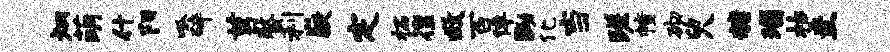
炳萌什阳呱碎莒螯利嶷定柘徨救百倬黝化当蹉幢砌臾糖瑙枯圭